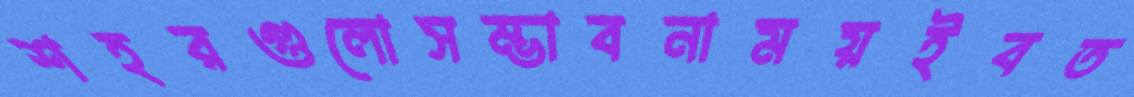
শহরগুলোসম্ভাবনাময়ইবত